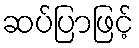
ဆပ်ပြာဖြင့်